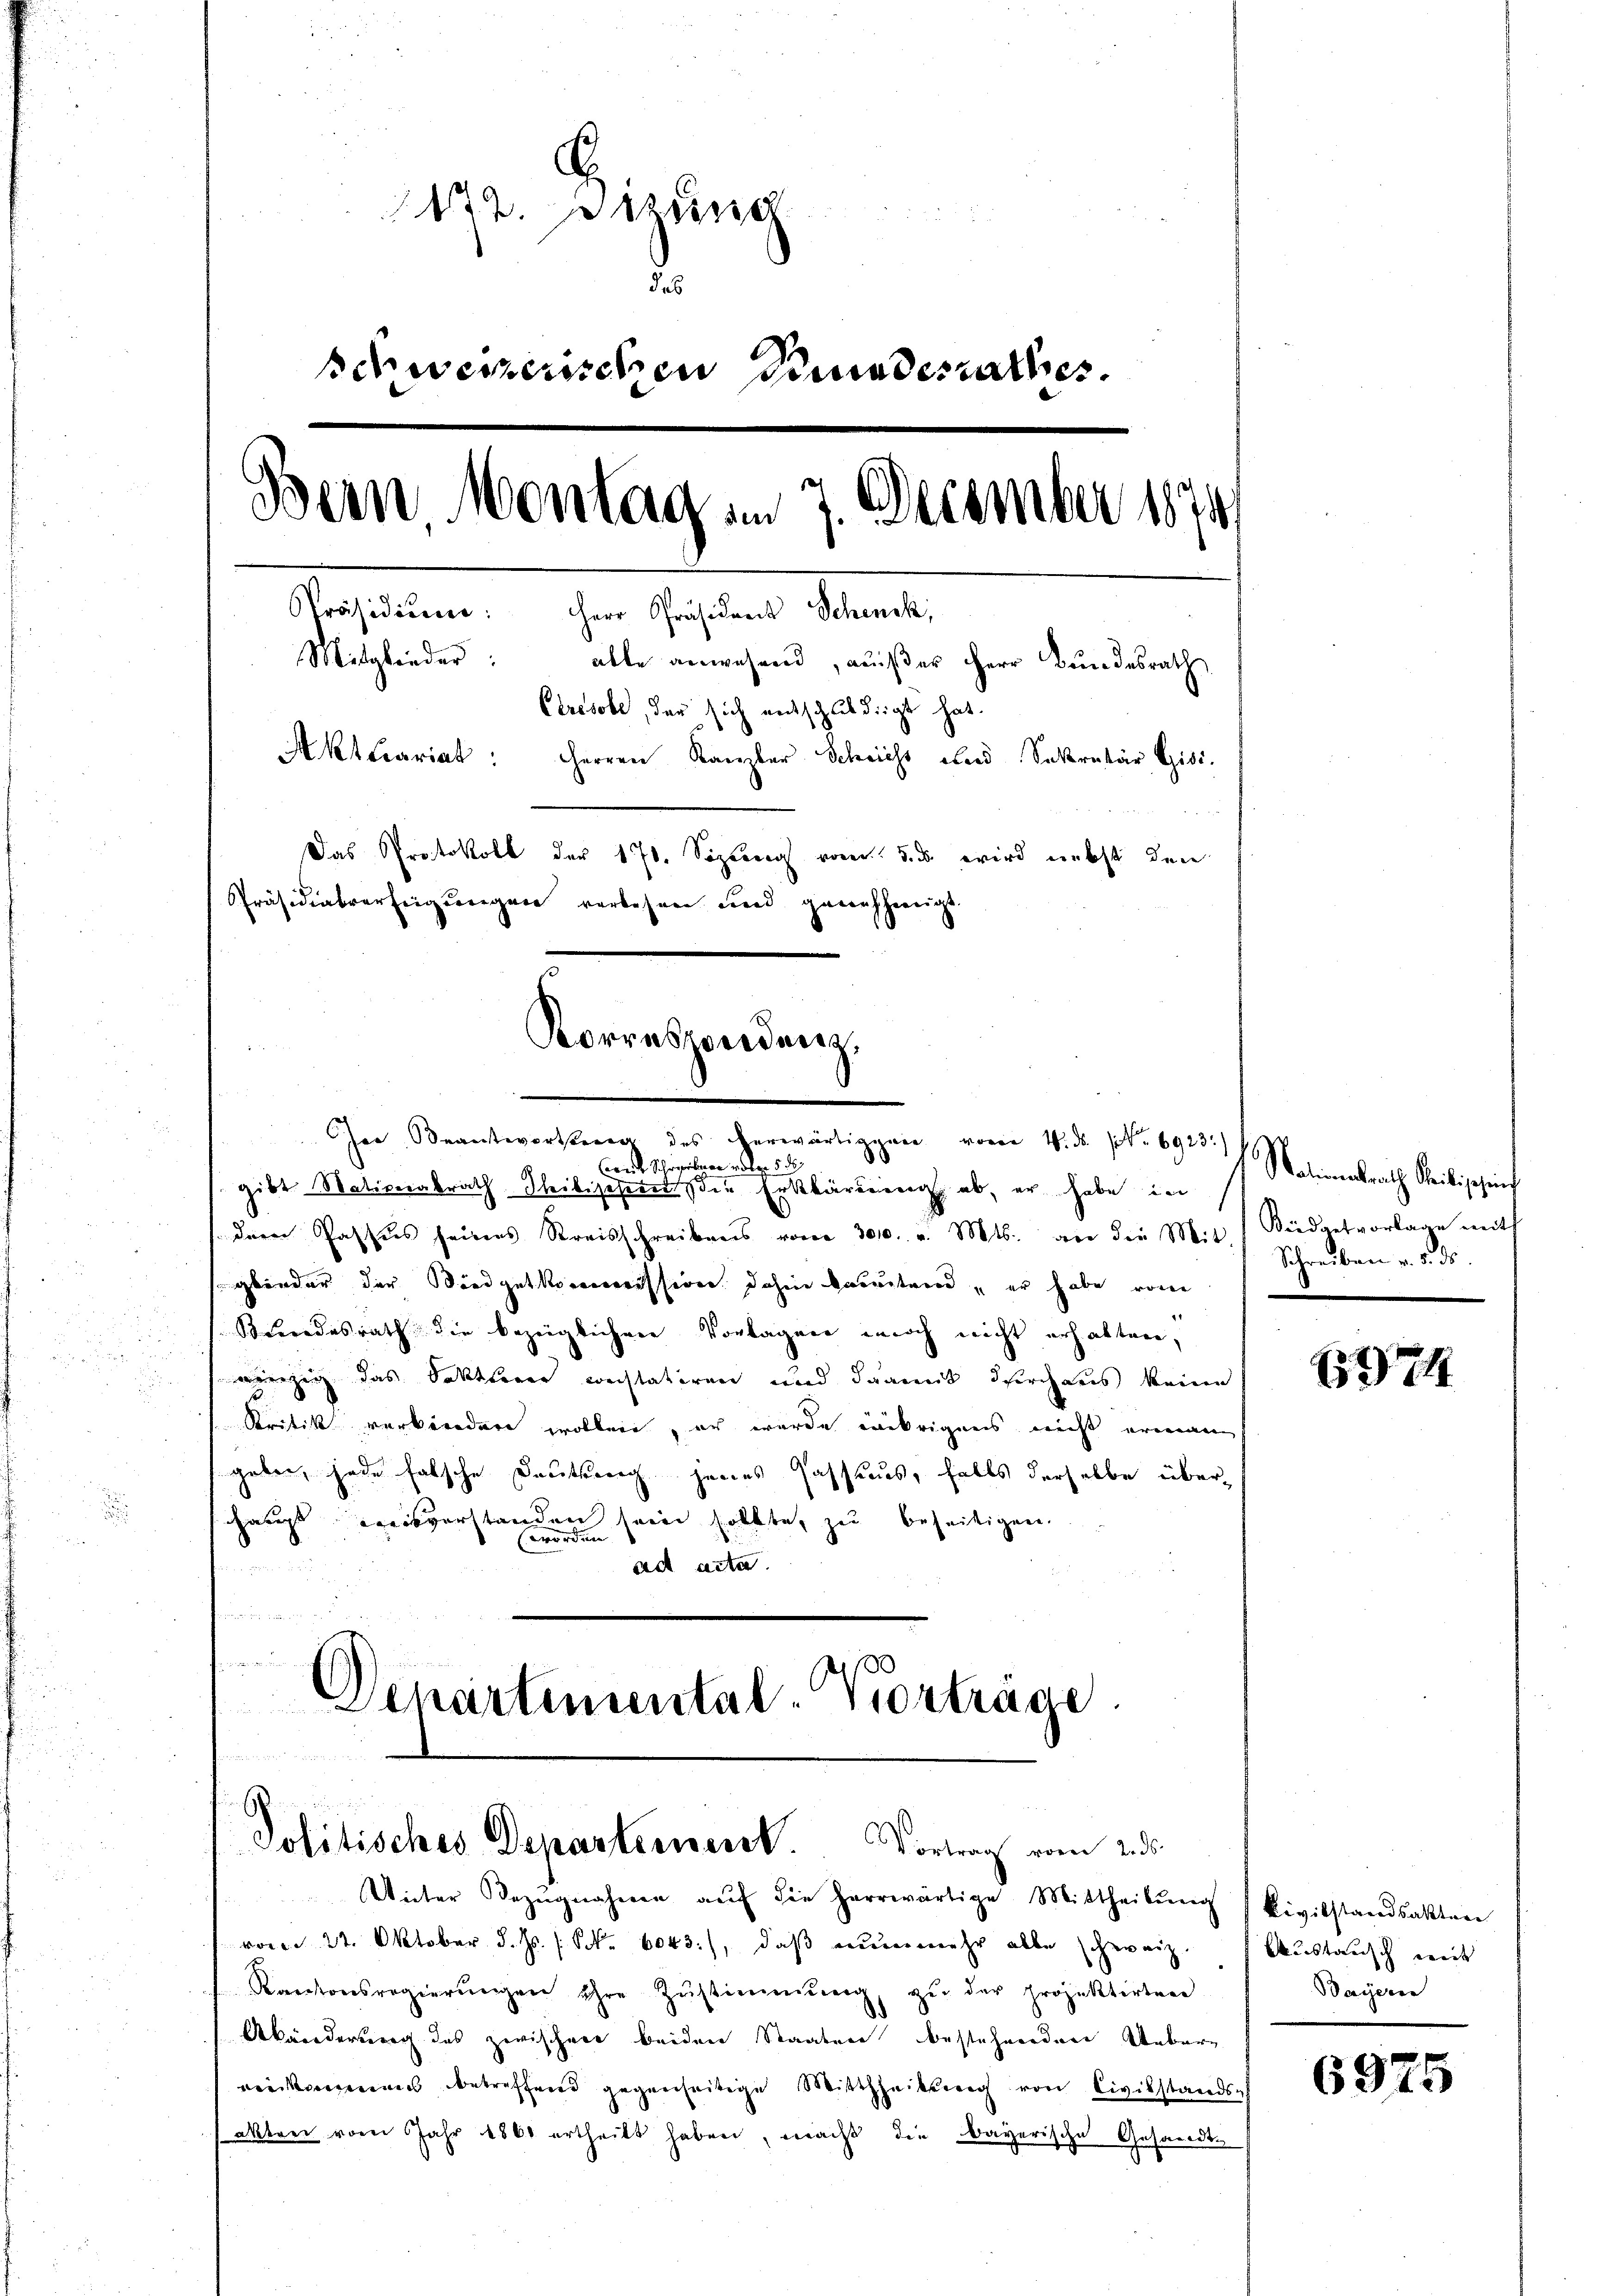
172. Btzung
des
schweizerischen Stundesrathes.
Bern Montag am 7. December 1874
Präsidiŭm: Herr Präsident Schenk,
Mitglieder: alle anwesend, außer Herr Bundesrath
Ctresole, der sich entschuldigt hat.
Aktuariat: Herren Kanzler Schricht und Sekretär Gisi-
Das Protokoll der 170. Septen vom 3. ds. wird nebst den
Präsidialverfeigungen vorbeseen und genehmigt.

weit Schreiben oder 5 d
gibt Nativerabrath Thibischern die Erklärung ab, er habe in
dern Passus seines Kreisschreibens vom 3000. v. Mts. an die Mit Siedgetvorlage mit
glieder der Biedgetkommission dahin bereitend, er habe von
Kundesrath die bezeiglichen Vorlagen noch nicht erhalten,
winzig das Sattlerer wehtatiren und darunt durchaus keine
.
Kritik verkördere wollen, er wurde übrigens nicht erinnen
gaben, jede falsche Deutung jenes Passaus, falls derselbe überschaugs Kreisverstanden sein sollte, zu beseitigen.
ad acta
und
 . . .
(
Departemental-Vorträge.

Korrespondung,
er Beantworte des herwärtigen von . . . 6923.

A
Jolitisches Departerneret. Vortrag vom 2. ds.

Unter Bezŭgnahmen aŭf die herrwärtige Mittheilŭng kivilstandsaktere
vom 22. Oktober d. Js. (Frk. 6043), daß nunmehr alle schweiz.
Kantonsregierŭngen ihre Zŭstimmung, zŭ der projektirten
Abwiederung des zwischen beiden Staaten bestehenden Uebereinkommens betreffend gegenseitige Mittheilung von Civilstands-
akten vom Jahr 1860 ertheilt haben, macht die Bayerische Gesandte

Nationalrath Seitige einf
Schreiben v. 5. ds

637

Austausch weit
Bayern

6975